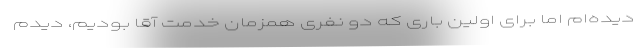
دیده‌ام اما برای اولین باری که دو نفری همزمان خدمت آقا بودیم، دیدم